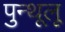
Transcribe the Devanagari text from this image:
पुन्थूलू